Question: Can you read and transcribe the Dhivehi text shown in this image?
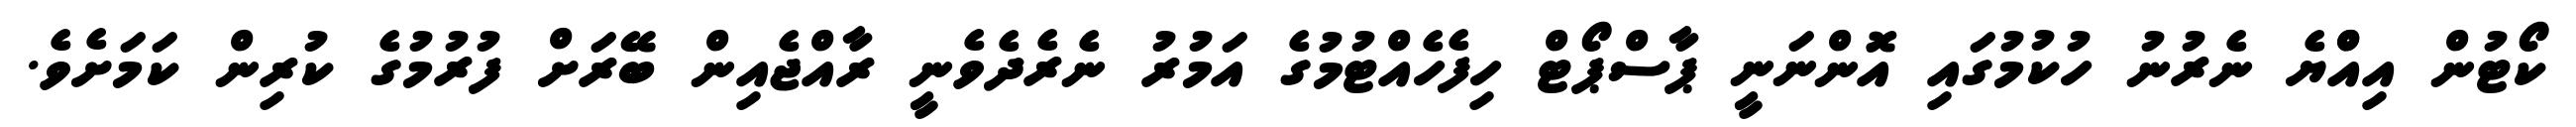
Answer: ކޯޓުން އިއްްޔެ ނެރުނު ހުކުމުގައި އޮންނަނީ ޕާސްޕޯޓް ހިފެހެއްޓުމުގެ އަމުރު ނެރެދެވެނީ ރާއްޖެއިން ބޭރަށް ފުރުމުގެ ކުރިން ކަމަށެވެ.